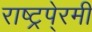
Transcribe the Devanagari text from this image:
राष्ट्रपे्रमी